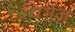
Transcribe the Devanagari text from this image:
चिंगेंज़